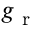
g _ { \mathrm { ~ r ~ } }